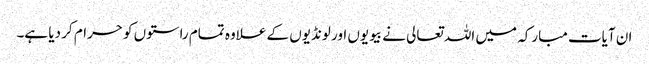
ان آیات مبارکہ میں اللہ تعالی نے بیویوں اور لونڈیوں کے علاوہ تمام راستوں کو حرام کر دیا ہے۔